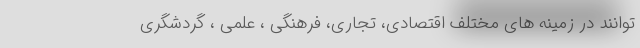
توانند در زمینه های مختلف اقتصادی، تجاری، فرهنگی ، علمی ، گردشگری